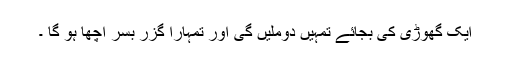
ایک گھوڑی کی بجائے تمہیں دوملیں گی اور تمہارا گزر بسر اچھا ہو گا ۔